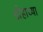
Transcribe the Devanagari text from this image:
डोहाच्या